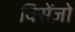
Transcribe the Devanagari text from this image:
विसेंज़ो